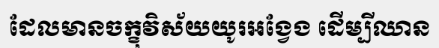
ដែលមានចក្ខុវិស័យយូរអង្វែង ដើម្បីឈាន